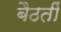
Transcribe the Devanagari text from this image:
बैठतीं